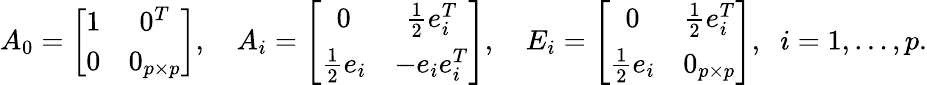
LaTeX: \begin{array}{r}{A_{0}=\left[\begin{array}{cc}{1}&{0^{T}}\\ {0}&{0_{p\times p}}\end{array}\right],\quad A_{i}=\left[\begin{array}{cc}{0}&{\frac{1}{2}e_{i}^{T}}\\ {\frac{1}{2}e_{i}}&{-e_{i}e_{i}^{T}}\end{array}\right],\quad E_{i}=\left[\begin{array}{cc}{0}&{\frac{1}{2}e_{i}^{T}}\\ {\frac{1}{2}e_{i}}&{0_{p\times p}}\end{array}\right],\; \; i=1,\ldots,p.}\end{array}